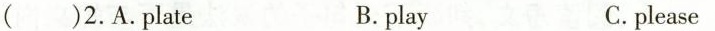
( )2.A.Plate B. play C.please